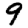
Digit: 9